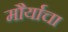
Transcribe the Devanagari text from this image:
मौर्याचा